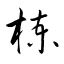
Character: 楝